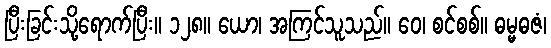
ပြီးခြင်းသို့ရောက်ပြီး။ ၁၂၈။ ယော၊ အကြင်သူသည်။ ဝေ၊ စင်စစ်။ ဓမ္မဓဇံ၊